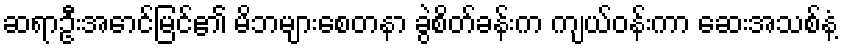
ဆရာဦးအောင်မြင်၏ မိဘများစေတနာ ခွဲစိတ်ခန်းက ကျယ်ဝန်းကာ ဆေးအသစ်နံ့